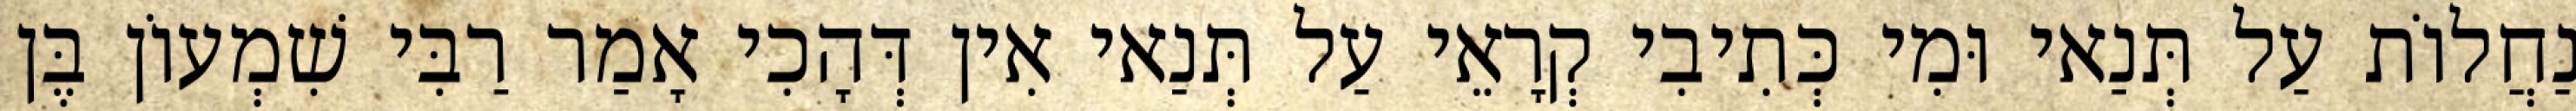
נַחֲלוֹת עַל תְּנַאי וּמִי כְּתִיבִי קְרָאֵי עַל תְּנַאי אִין דְּהָכִי אָמַר רַבִּי שִׁמְעוֹן בֶּן